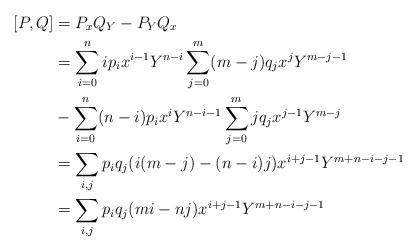
LaTeX: \begin{align*}[P,Q] & = P_x Q_Y-P_Y Q_x\\& = \sum_{i=0}^n i p_i x^{i-1} Y^{n-i}\sum_{j=0}^m (m-j) q_j x^j Y^{m-j-1}\\& - \sum_{i=0}^n (n-i) p_i x^i Y^{n-i-1}\sum_{j=0}^m j q_j x^{j-1} Y^{m-j}\\& = \sum_{i,j} p_i q_j (i(m-j)-(n-i)j) x^{i+j-1} Y^{m+n-i-j-1}\\&= \sum_{i,j} p_i q_j (mi-nj) x^{i+j-1} Y^{m+n-i-j-1}\end{align*}